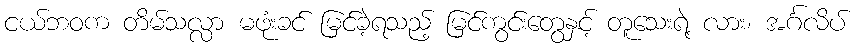
ငယ်ဘဝက တိမ်သလ္လာ မဖုံးခင် မြင်ခဲ့ရသည့် မြင်ကွင်းတွေနှင့် တူသေးရဲ့ လား၊ အင်္ဂလိပ်